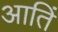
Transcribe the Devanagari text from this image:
आतिं